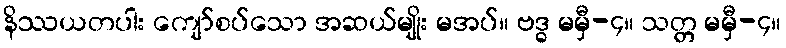
နိဿယတပါး ကျော်စပ်သော အဆယ်မျိုး မအပ်။ ဗဒ္ဓ မမှီ-၄။ သတ္တ မမှီ-၄။